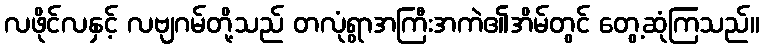
လဖိုင်လနှင့် လဗျဂမ်တို့သည် တလုံရွာအကြီးအကဲ၏အိမ်တွင် တွေ့ဆုံကြသည်။